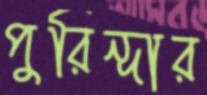
পুরিন্দার